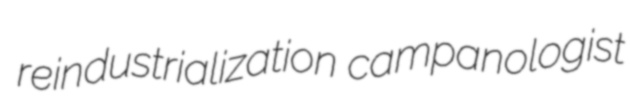
reindustrialization campanologist